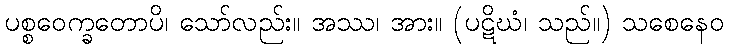
ပစ္စဝေက္ခတောပိ၊ သော်လည်း။ အဿ၊ အား။ (ပဋိဃံ၊ သည်။) သစေနေဝ